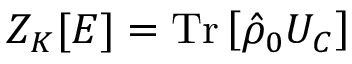
Z _ { K } [ E ] = \mathrm { T r } \left[ \hat { \rho } _ { 0 } { \cal U } _ { C } \right]